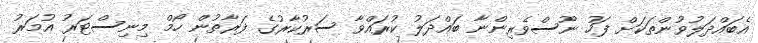
އެބައްދަލުވުންތަކަށް ފަހު ނޫސްވެރިންނާ ބައްދަލު ކުރައްވާ ސަރުކާރުގެ ފަރާތުން ހޯމް މިނިސްޓަރު އުމަރު